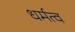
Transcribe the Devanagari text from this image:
धर्मत्व